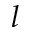
l